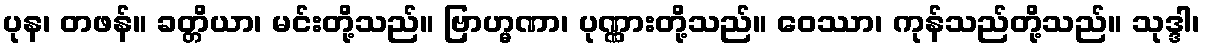
ပုန၊ တဖန်။ ခတ္တိယာ၊ မင်းတို့သည်။ ဗြာဟ္မဏာ၊ ပုဏ္ဏားတို့သည်။ ဝေဿာ၊ ကုန်သည်တို့သည်။ သုဒ္ဒါ၊